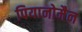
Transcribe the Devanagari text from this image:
पियानोमैन